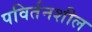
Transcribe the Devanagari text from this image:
पविर्तनशील